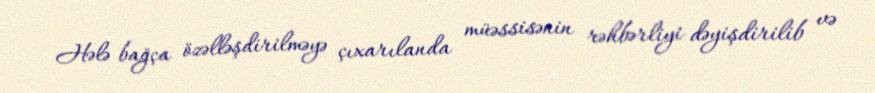
Hələ bağça özəlləşdirilməyə çıxarılanda müəssisənin rəhbərliyi dəyişdirilib və